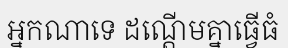
អ្នកណាទេ ដណ្តើមគ្នាធ្វើធំ